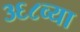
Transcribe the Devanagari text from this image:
३६८व्या